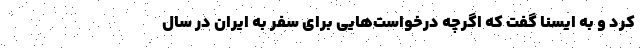
کرد و به ایسنا گفت که اگرچه درخواست‌هایی برای سفر به ایران در سال